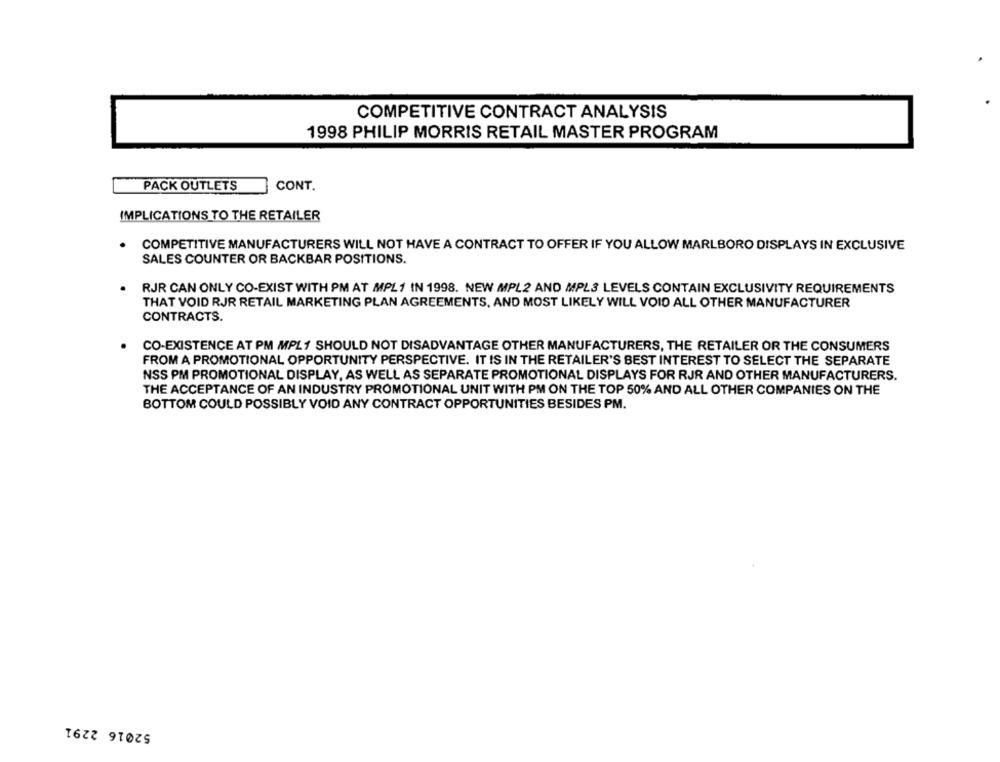
COMPETITIVE CONTRACT ANALYSIS
1998 PHILIP MORRIS RETAIL MASTER PROGRAM
PACK OUTLETS
CONT.
IMPLICATIONS TO THE RETAILER
COMPETITIVE MANUFACTURERS WILL NOT HAVE A CONTRACT TO OFFER IF YOU ALLOW MARLBORO DISPLAYS IN EXCLUSIVE
SALES COUNTER OR BACKBAR POSITIONS.
RJR CAN ONLY CO-EXIST WITH PM AT MPL1 IN 1998. NEW MPL2 AND MPL3 LEVELS CONTAIN EXCLUSIVITY REQUIREMENTS
THAT VOID RJR RETAIL MARKETING PLAN AGREEMENTS, AND MOST LIKELY WILL VOID ALL OTHER MANUFACTURER
CONTRACTS.
CO-EXISTENCE AT PM MPL1 SHOULD NOT DISADVANTAGE OTHER MANUFACTURERS, THE RETAILER OR THE CONSUMERS
FROM A PROMOTIONAL OPPORTUNITY PERSPECTIVE. IT IS IN THE RETAILER'S BEST INTEREST TO SELECT THE SEPARATE
NSS PM PROMOTIONAL DISPLAY, AS WELL AS SEPARATE PROMOTIONAL DISPLAYS FOR RJR AND OTHER MANUFACTURERS.
THE ACCEPTANCE OF AN INDUSTRY PROMOTIONAL UNIT WITH PM ON THE TOP 50% AND ALL OTHER COMPANIES ON THE
BOTTOM COULD POSSIBLY VOID ANY CONTRACT OPPORTUNITIES BESIDES PM.
52016 2291